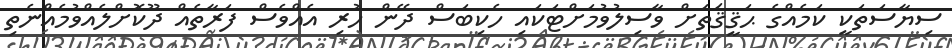
ސިޔާސަތަކީ ކަމެއްގެ ޙަޤީޤަތަށް ވާސިލުވުމަށްޓަކައި ހެކިބަސް ދޭން ހުރި އެއްވެސް ފަރާތެއް ދޫކޮށްލެއްވުމެއްނެތި